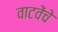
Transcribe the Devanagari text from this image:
वाटवेंचे